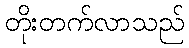
တိုးတက်လာသည်